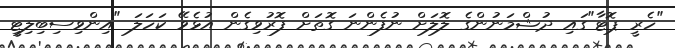
"ހެރީ ޕޮޓާ"ގައި ދުޝްމަނުންގެ ލޮލަށް ނުފެންނަ ގޮތަށް ފޮރުވިގެން އުޅެވޭ ކަހަލަ "އިންވިސިބިލިޓީ